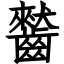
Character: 𪙤